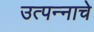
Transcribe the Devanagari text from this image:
उत्‍पन्‍नाचे